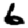
Digit: 6